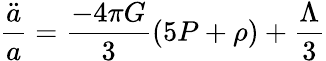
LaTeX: \frac{\ddot{a}}{a}=\frac{-4\pi G}{3}\left(5P+\rho\right)+\frac{\Lambda}{3}